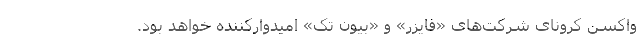
واکسن کرونای شرکت‌های «فایزر» و «بیون تک» امیدوارکننده خواهد بود.